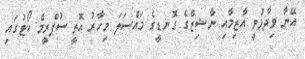
އޭނާ ވިދާޅުވީ އާޒިމާއި ނާޝިޒްގެ ގޮނޑީގެ މައްސަލަ މިހާރު އޮތީ ސުޕްރީމް ކޯޓުގައި